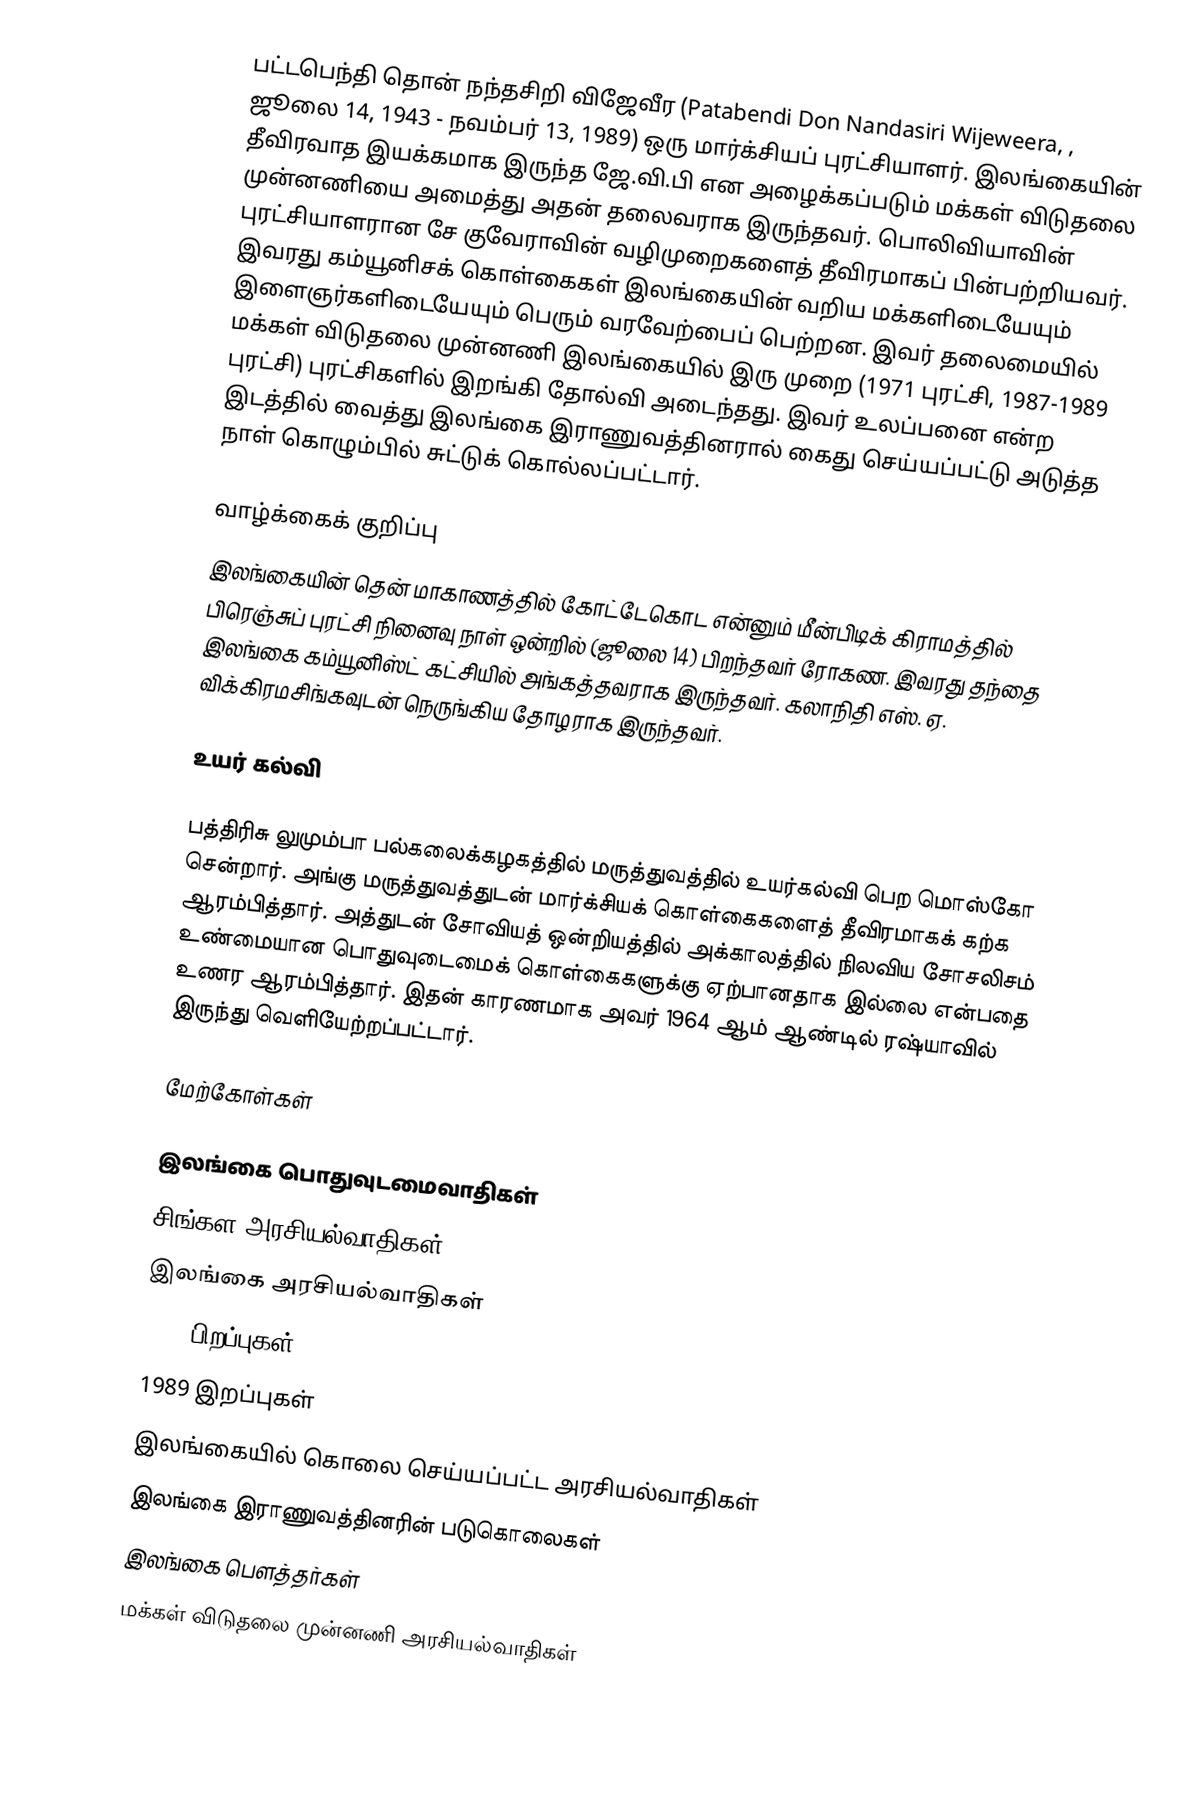
பட்டபெந்தி தொன் நந்தசிறி விஜேவீர (Patabendi Don Nandasiri Wijeweera, , ஜூலை 14, 1943 - நவம்பர் 13, 1989) ஒரு மார்க்சியப் புரட்சியாளர். இலங்கையின் தீவிரவாத இயக்கமாக இருந்த ஜே.வி.பி என அழைக்கப்படும் மக்கள் விடுதலை முன்னணியை அமைத்து அதன் தலைவராக இருந்தவர். பொலிவியாவின் புரட்சியாளரான சே குவேராவின் வழிமுறைகளைத் தீவிரமாகப் பின்பற்றியவர். இவரது கம்யூனிசக் கொள்கைகள் இலங்கையின் வறிய மக்களிடையேயும் இளைஞர்களிடையேயும் பெரும் வரவேற்பைப் பெற்றன. இவர் தலைமையில் மக்கள் விடுதலை முன்னணி இலங்கையில் இரு முறை (1971 புரட்சி, 1987-1989 புரட்சி) புரட்சிகளில் இறங்கி தோல்வி அடைந்தது. இவர் உலப்பனை என்ற இடத்தில் வைத்து இலங்கை இராணுவத்தினரால் கைது செய்யப்பட்டு அடுத்த நாள் கொழும்பில் சுட்டுக் கொல்லப்பட்டார்.

வாழ்க்கைக் குறிப்பு
இலங்கையின் தென் மாகாணத்தில் கோட்டேகொட என்னும் மீன்பிடிக் கிராமத்தில் பிரெஞ்சுப் புரட்சி நினைவு நாள் ஒன்றில் (ஜூலை 14) பிறந்தவர் ரோகண. இவரது தந்தை இலங்கை கம்யூனிஸ்ட் கட்சியில் அங்கத்தவராக இருந்தவர். கலாநிதி எஸ். ஏ. விக்கிரமசிங்கவுடன் நெருங்கிய தோழராக இருந்தவர்.

உயர் கல்வி

பத்திரிசு லுமும்பா பல்கலைக்கழகத்தில் மருத்துவத்தில் உயர்கல்வி பெற மொஸ்கோ சென்றார். அங்கு மருத்துவத்துடன் மார்க்சியக் கொள்கைகளைத் தீவிரமாகக் கற்க ஆரம்பித்தார். அத்துடன் சோவியத் ஒன்றியத்தில் அக்காலத்தில் நிலவிய சோசலிசம்  உண்மையான பொதுவுடைமைக் கொள்கைகளுக்கு ஏற்பானதாக இல்லை என்பதை உணர ஆரம்பித்தார். இதன் காரணமாக அவர் 1964 ஆம் ஆண்டில் ரஷ்யாவில் இருந்து வெளியேற்றப்பட்டார்.

மேற்கோள்கள்

இலங்கை பொதுவுடமைவாதிகள்
சிங்கள அரசியல்வாதிகள்
இலங்கை அரசியல்வாதிகள்
1943 பிறப்புகள்
1989 இறப்புகள்
இலங்கையில் கொலை செய்யப்பட்ட அரசியல்வாதிகள்
இலங்கை இராணுவத்தினரின் படுகொலைகள்
இலங்கை பௌத்தர்கள்
மக்கள் விடுதலை முன்னணி அரசியல்வாதிகள்